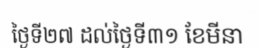
ថ្ងៃទី២៧ ដល់ថ្ងៃទី៣១ ខែមីនា